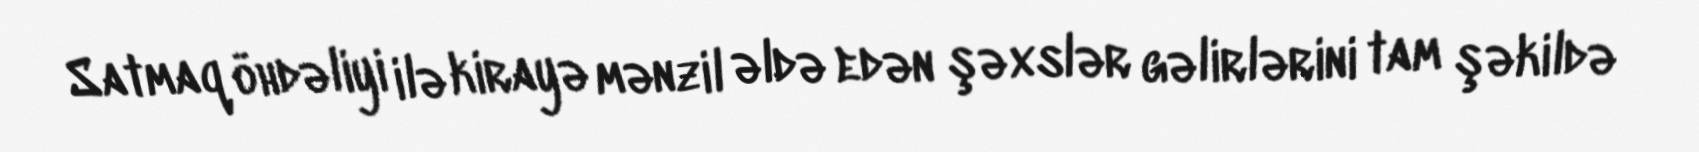
Satmaq öhdəliyi ilə kirayə mənzil əldə edən şəxslər gəlirlərini tam şəkildə